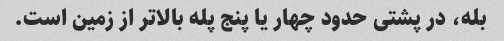
بله، در پشتی حدود چهار یا پنج پله بالاتر از زمین است.